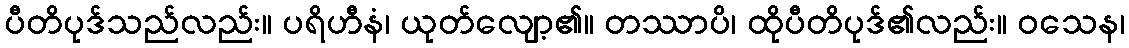
ပီတိပုဒ်သည်လည်း။ ပရိဟီနံ၊ ယုတ်လျော့၏။ တဿာပိ၊ ထိုပီတိပုဒ်၏လည်း။ ဝသေန၊